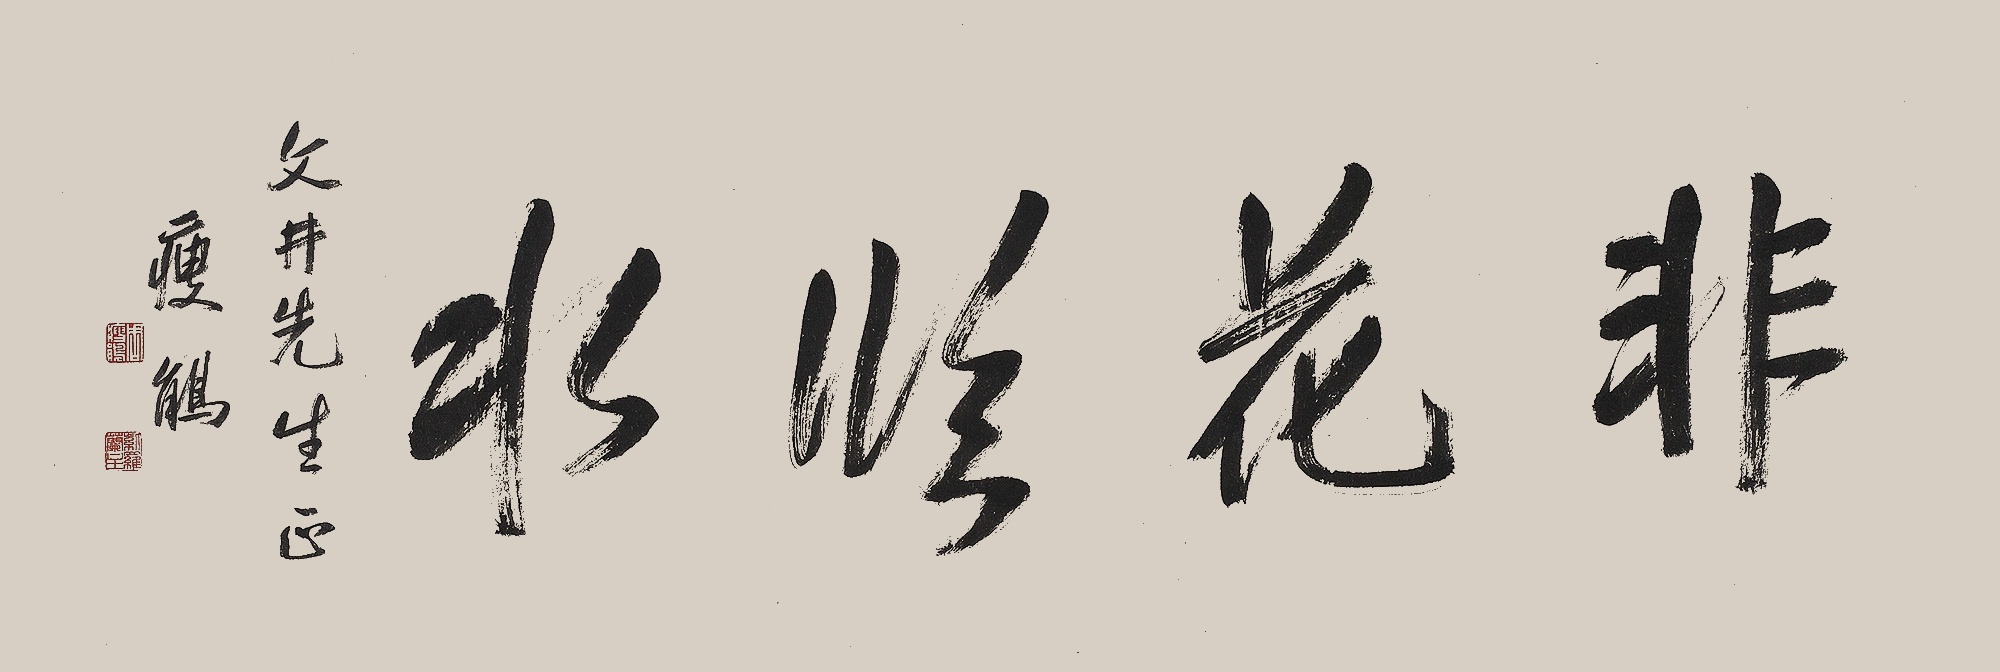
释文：非花临水文井先生正，瘦鹃。